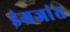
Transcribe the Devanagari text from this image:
इंग्रजांत